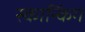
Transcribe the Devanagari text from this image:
स्कान्किंग